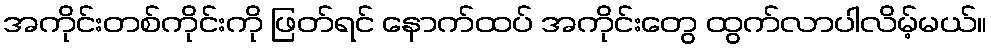
အကိုင်းတစ်ကိုင်းကို ဖြတ်ရင် နောက်ထပ် အကိုင်းတွေ ထွက်လာပါလိမ့်မယ်။